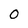
Character: 0